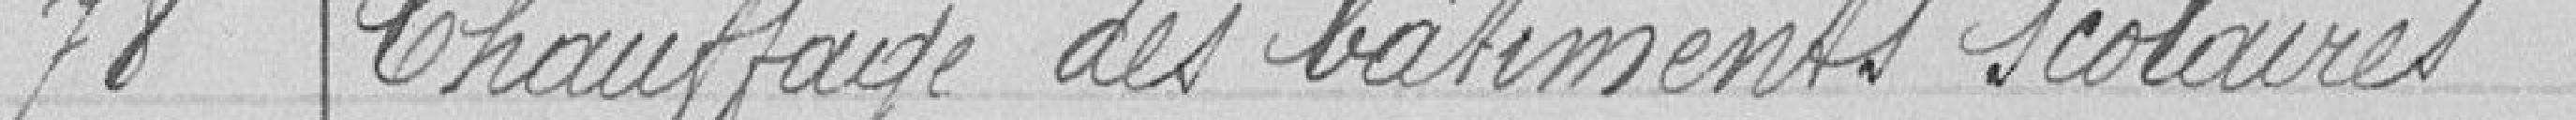
78 Chauffage des bâtiments scolaires